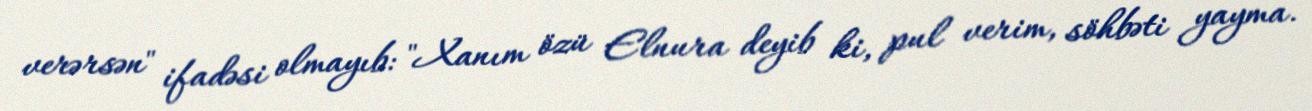
verərsən" ifadəsi olmayıb: "Xanım özü Elnura deyib ki, pul verim, söhbəti yayma.